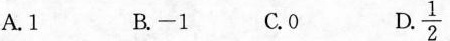
A. 1 B. -1 C. 0 D \frac{1}{2}